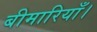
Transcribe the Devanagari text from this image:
बीमारियाँ।